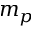
m _ { p }